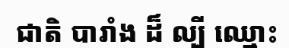
ជាតិ បារាំង ដ៏ ល្បី ឈ្មោះ